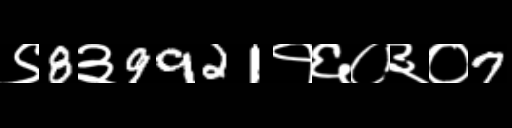
Text: ९8३9921१६०३०7